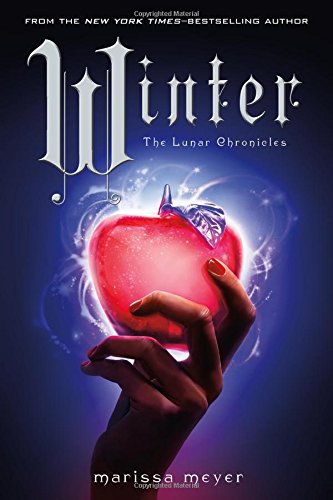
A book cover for Winter (The Lunar Chronicles); Marissa Meyer; Teen & Young Adult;